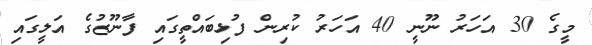
މީގެ 30 އަހަރު ނޫނީ 40 އަހަރު ކުރިން ފުޅިބައްތީގައި ފާނޫޒުގެ އަލީގައި